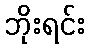
ဘိုးရင်း